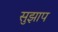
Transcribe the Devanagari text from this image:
सुझाप